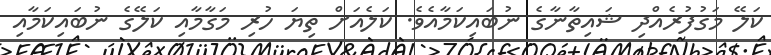
ކަލޭ މަގުފުރެއްދި ޝައިތާނާގެ ނުބައިކަމާއެވެ. ކަލެއަށް ތިޔަ ހުރި މަގާމާއި ކަލޭގެ ނުބައިކަމާއި